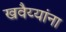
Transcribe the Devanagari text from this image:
खवैय्यांना